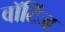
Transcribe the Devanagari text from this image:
वॉटिंज